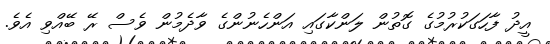
އީދު ފާހަގަކުރުމުގެ ގޮތުން ލަންކާގައި އަންހެނުންގެ ވާދެމުން ވެސް ރޭ ބޭއްވި އެވެ.